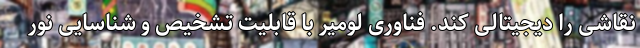
نقاشی را دیجیتالی کند. فناوری لومیر با قابلیت تشخیص و شناسایی نور